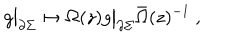
g \bigr | _ { \partial \Sigma } \mapsto \Omega ( z ) g \bigr | _ { \partial \Sigma } \bar { \Omega } ( z ) ^ { - 1 } ~ ,